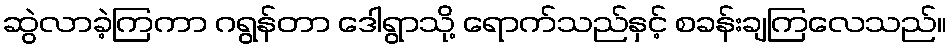
ဆွဲလာခဲ့ကြကာ ဂရွန်တာ ဒေါရွာသို့ ရောက်သည်နှင့် စခန်းချကြလေသည်။